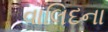
વાલિદના